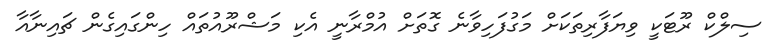
ސިލްކް ރޫޓަކީ ވިޔަފާރިތަކަށް މަގުފަހިވާނެ ގޮތަށް އުމްރާނީ އެކި މަޝްރޫއުތައް ހިންގައިގެން ޗައިނާއާ